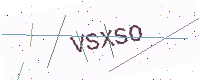
Text: VSXSO